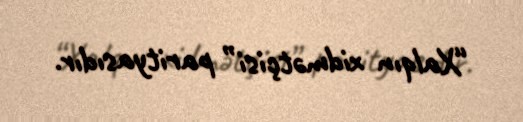
“Xalqın xidmətçisi” parityasıdır.